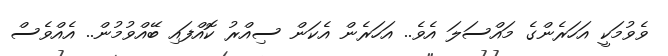
ވެވުމަކީ އަހަރެންގެ މައްސަލަ އެވެ.. އަހަރެން އެކަން ސިއްރު ކޮއްފައި ބޭއްވުމުން.. އެއްވެސް